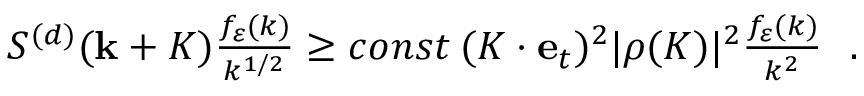
\begin{array} { r } { S ^ { ( d ) } ( { \bf k } + { \cal K } ) \frac { f _ { \varepsilon } ( k ) } { k ^ { 1 / 2 } } \geq c o n s t \: ( { \cal K } \cdot { \bf e } _ { t } ) ^ { 2 } | \rho ( { \cal K } ) | ^ { 2 } \frac { f _ { \varepsilon } ( k ) } { k ^ { 2 } } ~ ~ . } \end{array}